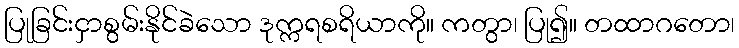
ပြုခြင်းငှာစွမ်းနိုင်ခဲသော ဒုက္ကရစရိယာကို။ ကတွာ၊ ပြု၍။ တထာဂတော၊